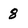
Character: 8